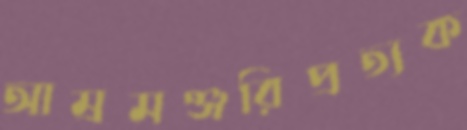
আম্রমঞ্জরিপ্রত্যক